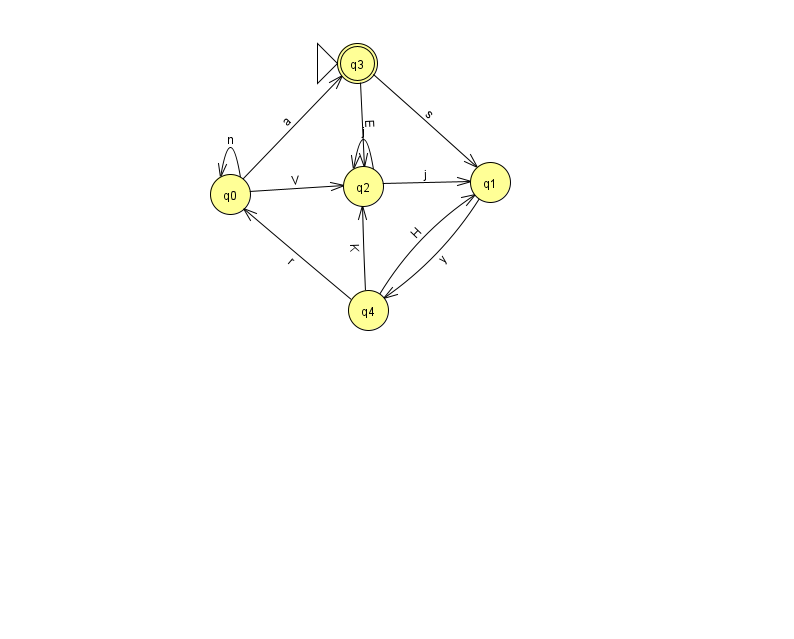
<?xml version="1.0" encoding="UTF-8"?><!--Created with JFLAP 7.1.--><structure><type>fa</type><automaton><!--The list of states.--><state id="0" name="q0"><x>230.0</x><y>181.0</y></state><state id="1" name="q1"><x>490.0</x><y>169.0</y></state><state id="2" name="q2"><x>363.0</x><y>173.0</y></state><state id="3" name="q3"><x>357.0</x><y>50.0</y><initial/><final/></state><state id="4" name="q4"><x>368.0</x><y>297.0</y></state><!--The list of transitions.--><transition><from>0</from><to>2</to><read>V</read></transition><transition><from>2</from><to>1</to><read>j</read></transition><transition><from>0</from><to>3</to><read>a</read></transition><transition><from>4</from><to>2</to><read>K</read></transition><transition><from>3</from><to>2</to><read>E</read></transition><transition><from>2</from><to>2</to><read>j</read></transition><transition><from>3</from><to>1</to><read>s</read></transition><transition><from>4</from><to>0</to><read>r</read></transition><transition><from>1</from><to>4</to><read>y</read></transition><transition><from>4</from><to>1</to><read>H</read></transition><transition><from>0</from><to>0</to><read>n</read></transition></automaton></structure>